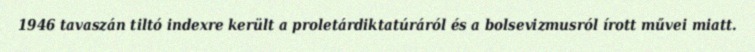
1946 tavaszán tiltó indexre került a proletárdiktatúráról és a bolsevizmusról írott művei miatt.